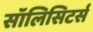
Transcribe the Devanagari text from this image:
सॉलिसिटर्स